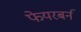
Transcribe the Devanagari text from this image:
फेयरबर्न